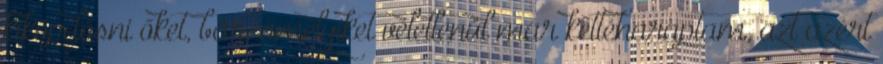
kiköpdösni őket, bár, amelyiket véletlenül már kettéharaptam, azt azért